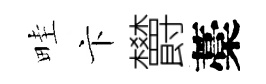
畦卞欝藁